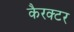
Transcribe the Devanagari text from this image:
कैरक्टर